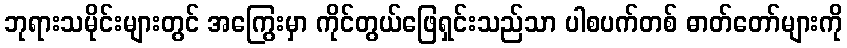
ဘုရားသမိုင်းများတွင် အကြွေးမှာ ကိုင်တွယ်ဖြေရှင်းသည်သာ ပါစပက်တစ် ဓာတ်တော်များကို